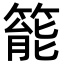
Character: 𥰘